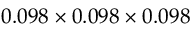
0 . 0 9 8 \times 0 . 0 9 8 \times 0 . 0 9 8